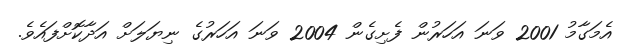
އެމަގާމު 2001 ވަނަ އަހަރުން ފެށިގެން 2004 ވަނަ އަހަރުގެ ނިޔަލަށް އަދާކޮށްފައެވެ.